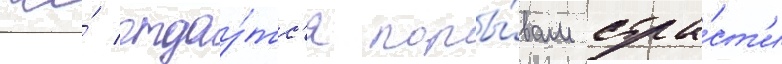
же́ отдау́тс'я поры́вам стра́ст'и